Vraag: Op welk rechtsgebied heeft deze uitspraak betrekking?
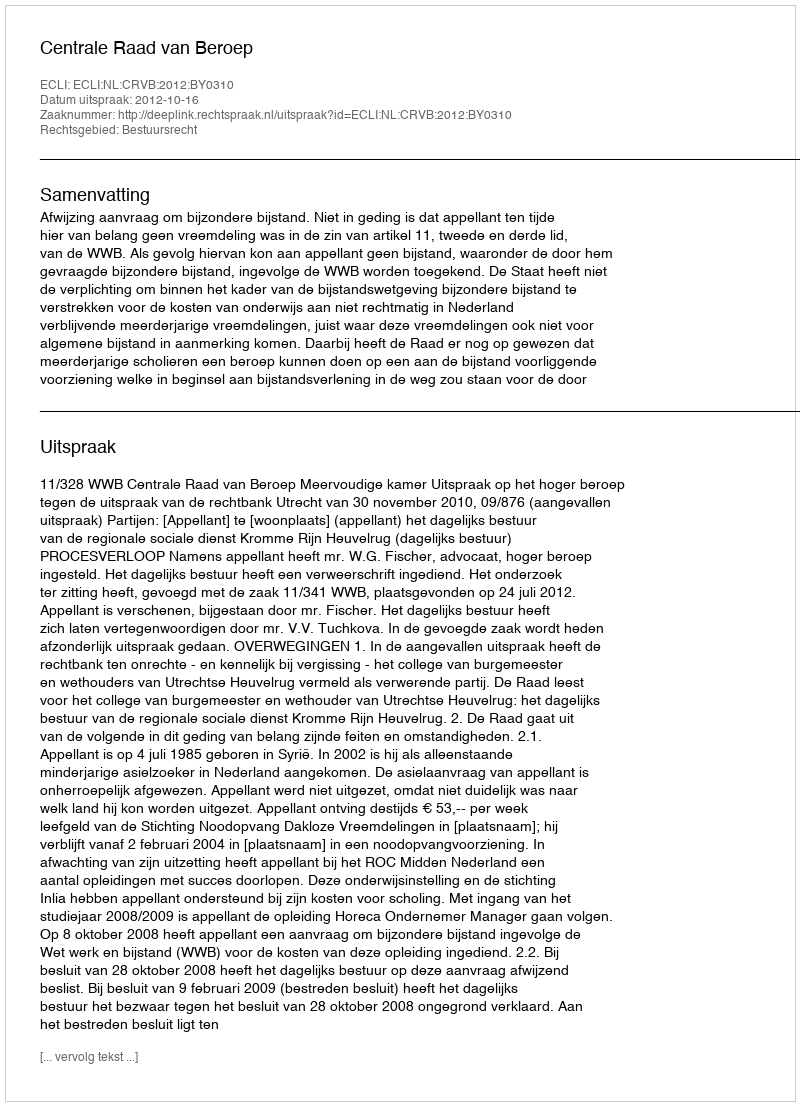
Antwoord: Bestuursrecht